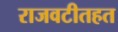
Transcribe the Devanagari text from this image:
राजवटीतहत